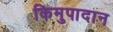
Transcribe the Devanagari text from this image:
किमुपादान